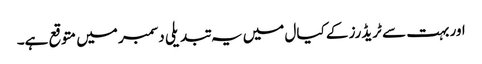
اور بہت سے ٹریڈرز کے کیال میں یہ تبدیلی دسمبر میں متوقع ہے۔